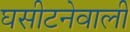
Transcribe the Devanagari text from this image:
घसीटनेवाली